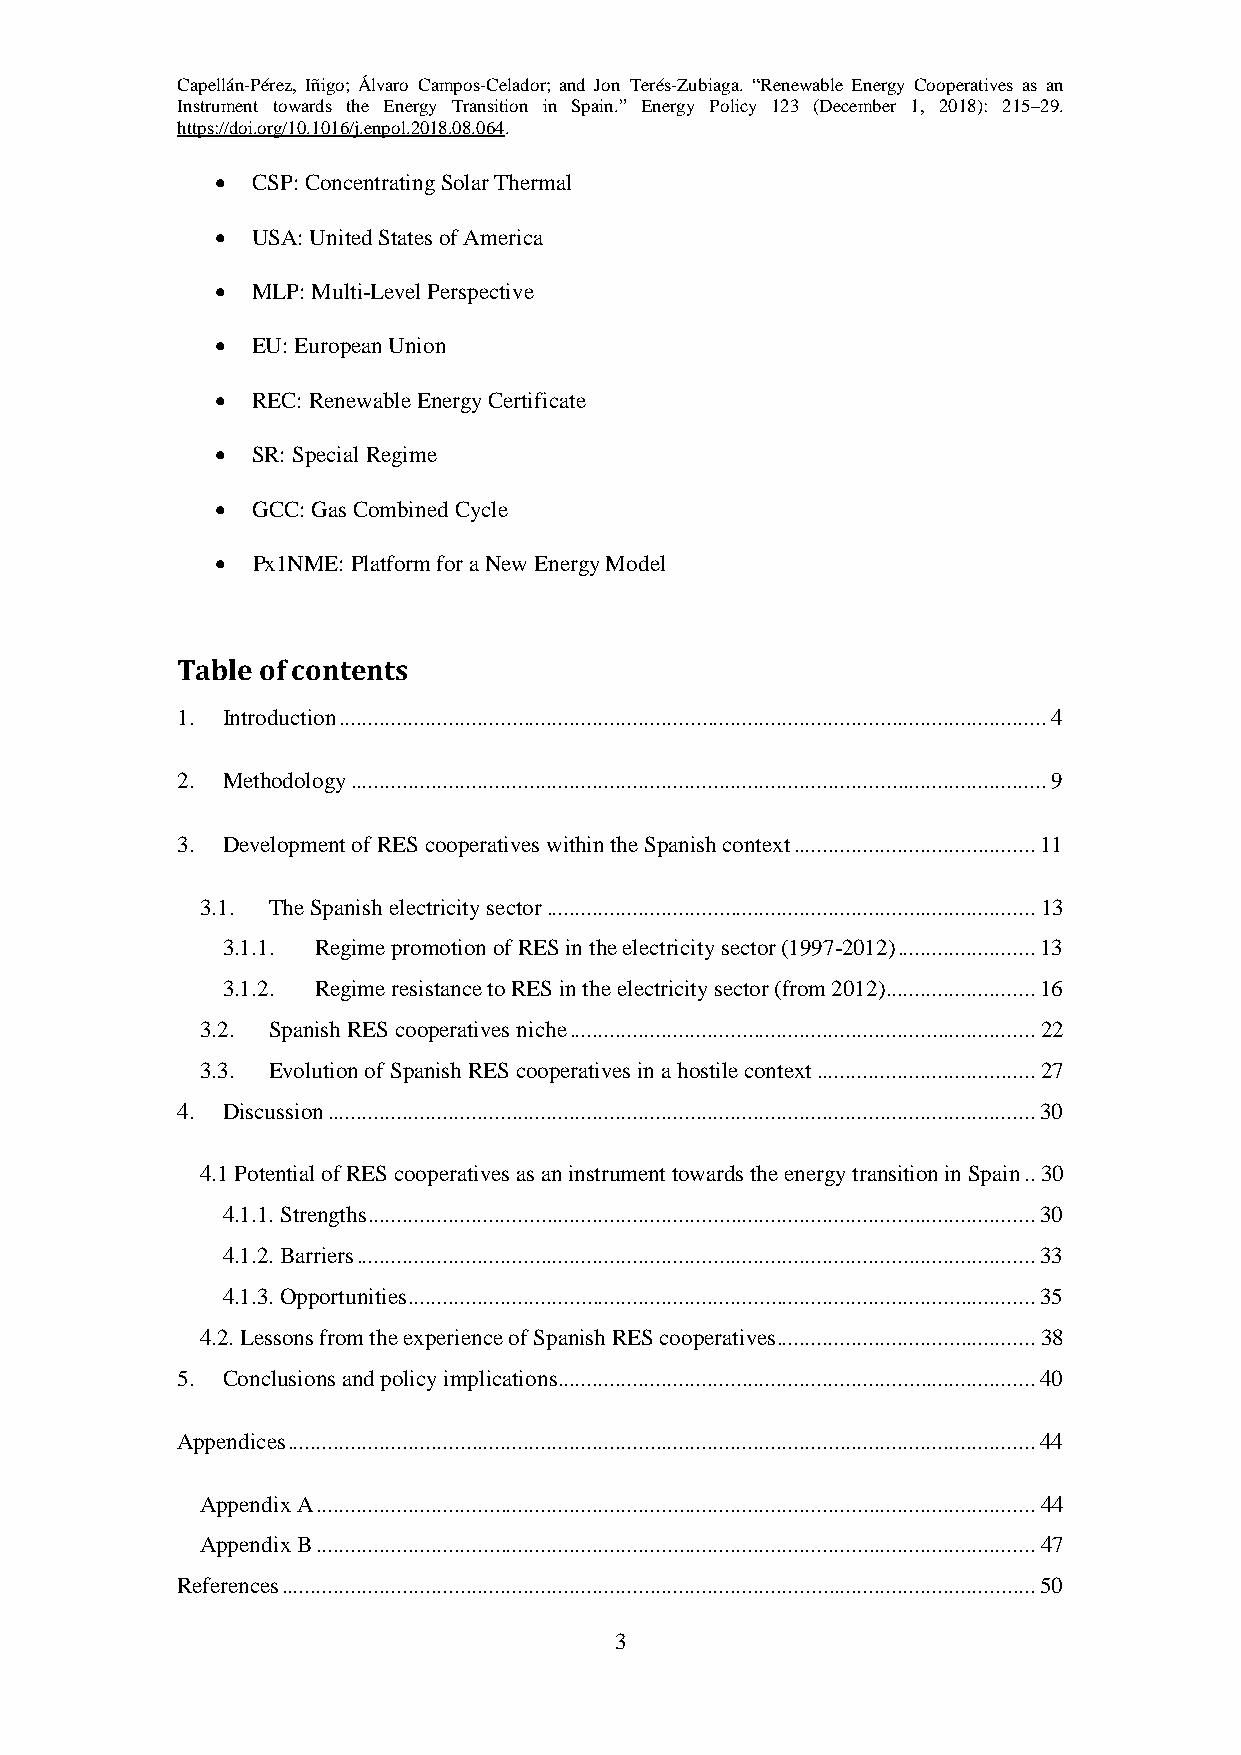
Capellán-Pérez, Iñigo; Álvaro Campos-Celador; and Jon Terés-Zubiaga. “Renewable Energy Cooperatives as an
 Instrument towards the Energy Transition in Spain.” Energy Policy 123 (December 1, 2018): 215–29.
 https://doi.org/10.1016/j.enpol.2018.08.064.
 •  CSP: Concentrating Solar Thermal
 •  USA: United States of America
 •  MLP: Multi-Level Perspective
 •  EU: European Union
 •  REC: Renewable Energy Certificate
 •  SR: Special Regime
 •  GCC: Gas Combined Cycle
 •  Px1NME: Platform for a New Energy Model
 Table of contents
 1. Introduction ........................................................................................................................... 4
 2. Methodology ......................................................................................................................... 9
 3. Development of RES cooperatives within the Spanish context .......................................... 11
 3.1. The Spanish electricity sector ..................................................................................... 13
 3.1.1. Regime promotion of RES in the electricity sector (1997-2012) ........................ 13
 3.1.2. Regime resistance to RES in the electricity sector (from 2012).......................... 16
 3.2. Spanish RES cooperatives niche ................................................................................. 22
 3.3. Evolution of Spanish RES cooperatives in a hostile context ...................................... 27
 4. Discussion ........................................................................................................................... 30
 4.1 Potential of RES cooperatives as an instrument towards the energy transition in Spain .. 30
 4.1.1. Strengths .................................................................................................................... 30
 4.1.2. Barriers ...................................................................................................................... 33
 4.1.3. Opportunities ............................................................................................................. 35
 4.2. Lessons from the experience of Spanish RES cooperatives ............................................. 38
 5. Conclusions and policy implications ................................................................................... 40
 Appendices .................................................................................................................................. 44
 Appendix A ............................................................................................................................. 44
 Appendix B ............................................................................................................................. 47
 References ................................................................................................................................... 50
 3